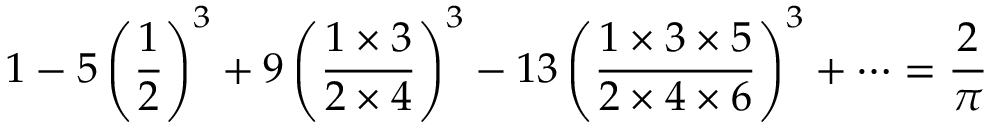
1 - 5 \left( { \frac { 1 } { 2 } } \right) ^ { 3 } + 9 \left( { \frac { 1 \times 3 } { 2 \times 4 } } \right) ^ { 3 } - 1 3 \left( { \frac { 1 \times 3 \times 5 } { 2 \times 4 \times 6 } } \right) ^ { 3 } + \cdots = { \frac { 2 } { \pi } }